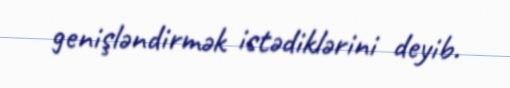
genişləndirmək istədiklərini deyib.